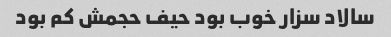
سالاد سزار خوب بود حیف حجمش کم بود